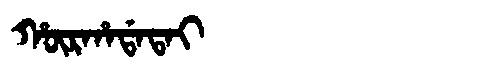
Manchu: ᡥᡡᡵᡥᠠᡩᠠᡨᠠᡳ
Romanization: HŪRHADATAI